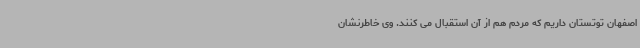
اصفهان توتستان داریم که مردم هم از آن استقبال می کنند. وی خاطرنشان